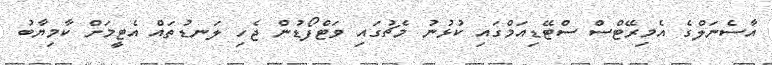
އާސެނަލްގެ އެމިރޭޓްސް ސްޓޭޑިއަމްގައި ކުޅުނު މެޗުގައި ވަޓްފޯޑުން ޖެހި ލަނޑުތައް އެޓީމަށް ކާމިޔާބު